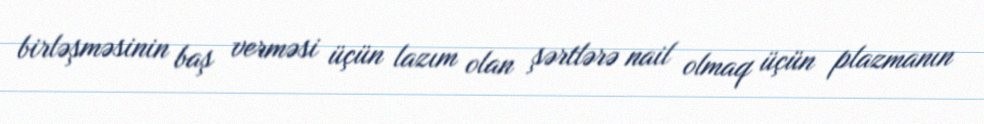
birləşməsinin baş verməsi üçün lazım olan şərtlərə nail olmaq üçün plazmanın